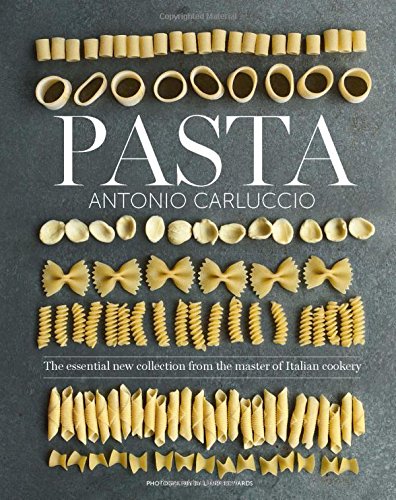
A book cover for Pasta: The Essential New Collection from the Master of Italian Cookery; Antonio Carluccio; Cookbooks, Food & Wine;